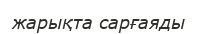
жарықта сарғаяды